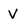
Character: V